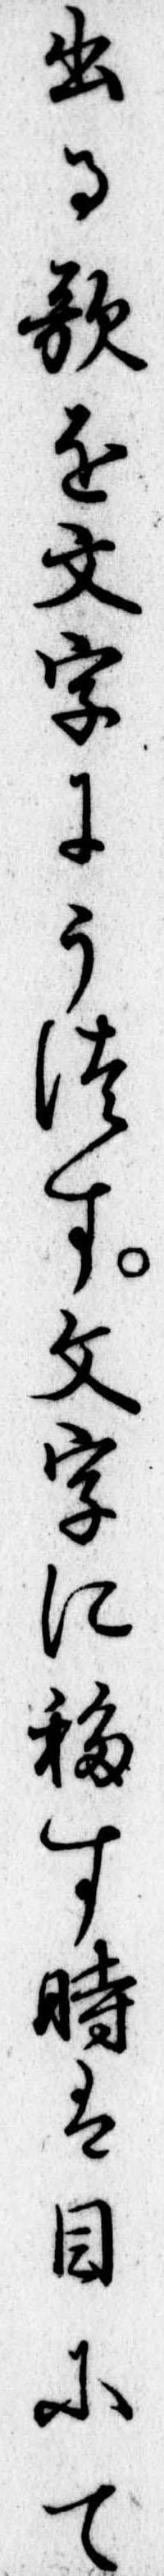
出る歌を文字にうつす文字に移す時は目にて